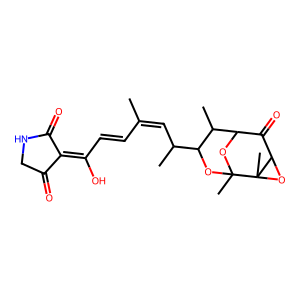
SMILES: CC(C=CC(O)=C1C(=O)CNC1=O)=CC(C)C1OC2(C)OC(C(=O)C3OC32C)C1C
Inhibits HIV replication: No